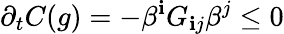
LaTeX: \partial_{t}C(g)=-\beta^{\mathbf{i}}G_{\mathbf{i}j}\beta^{j}\le0